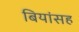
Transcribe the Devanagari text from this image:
बियांसह